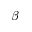
\beta